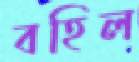
বহিল